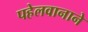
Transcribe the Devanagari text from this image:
पहेलवानाने